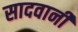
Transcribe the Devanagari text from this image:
सादवानी